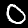
Digit: 0